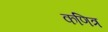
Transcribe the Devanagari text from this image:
कणित्र